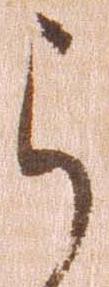
ら